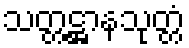
သတ္တဋ္ဌာနသုတ္တံ